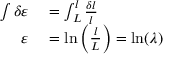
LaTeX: \ { \begin{array} { r l } { \int \delta \varepsilon } & { { } = \int _ { L } ^ { l } { \frac { \delta l } { l } } } \\ { \varepsilon } & { { } = \ln \left( { \frac { l } { L } } \right) = \ln ( \lambda ) } \end{array} }